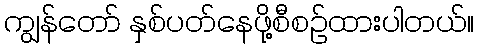
ကျွန်တော် နှစ်ပတ်နေဖို့စီစဉ်ထားပါတယ်။